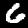
Label: 6